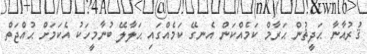
ޤުރުއާނާ ޙަދީޘުން ޙަރާމް ކަމެއްކަން އެނގޭ ކަމެއްގައި ޙަލާލޭ ބުނާމީހަކު އެކަމަށް ޙުއްޖަތް